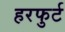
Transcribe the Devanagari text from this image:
हरफुर्ट